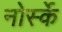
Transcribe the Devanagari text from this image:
नोर्स्के